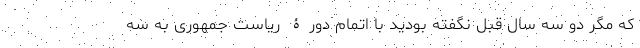
که مگر دو سه سال قبل نگفته بودید با اتمام دورۀ ریاست جمهوری به سه